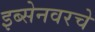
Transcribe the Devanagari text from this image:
इब्सेनवरचे